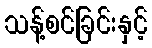
သန့်စင်ခြင်းနှင့်